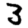
Digit: 3